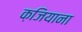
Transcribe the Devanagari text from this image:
क़जियाना